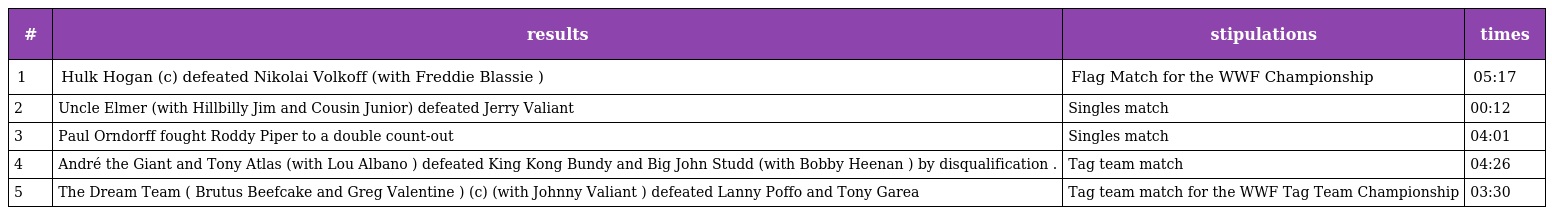
| # | results | stipulations | times |
 | --- | --- | --- | --- |
 | 1 | Hulk Hogan (c) defeated Nikolai Volkoff (with Freddie Blassie ) | Flag Match for the WWF Championship | 05:17 |
 | 2 | Uncle Elmer (with Hillbilly Jim and Cousin Junior) defeated Jerry Valiant | Singles match | 00:12 |
 | 3 | Paul Orndorff fought Roddy Piper to a double count-out | Singles match | 04:01 |
 | 4 | André the Giant and Tony Atlas (with Lou Albano ) defeated King Kong Bundy and Big John Studd (with Bobby Heenan ) by disqualification . | Tag team match | 04:26 |
 | 5 | The Dream Team ( Brutus Beefcake and Greg Valentine ) (c) (with Johnny Valiant ) defeated Lanny Poffo and Tony Garea | Tag team match for the WWF Tag Team Championship | 03:30 |